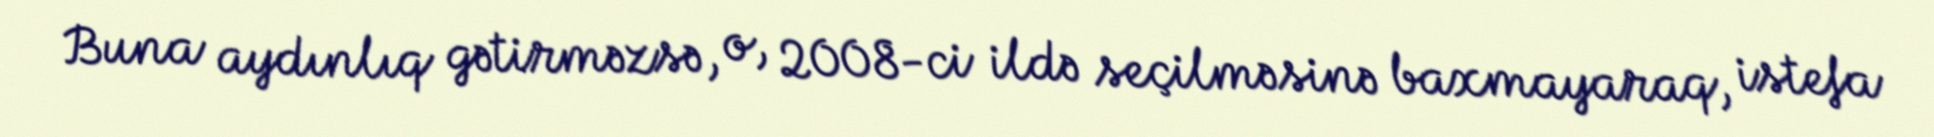
Buna aydınlıq gətirməzsə, o, 2008-ci ildə seçilməsinə baxmayaraq, istefa